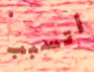
أتسبب